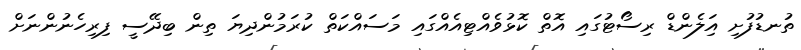
ތުނޑުފުށި އަިލެންޑް ރިސޯޓުގައި އޮތް ކޮޅުވެއްޓިއެއްގައި މަސައްކަތް ކުރަމުންދިޔަ ތިން ބިދޭސީ ފިރިހެނުންނަށް